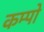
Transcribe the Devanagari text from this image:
कम्पो